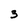
Character: 3